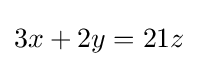
3x+2y=21z